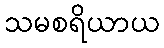
သမစရိယာယ